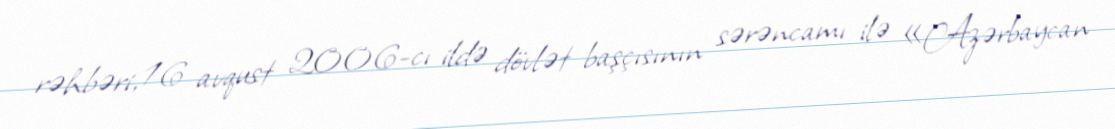
rəhbəri, 16 avqust 2006-cı ildə dövlət başçısının sərəncamı ilə «Azərbaycan